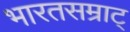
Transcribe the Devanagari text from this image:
भारतसम्राट्